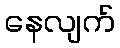
နေလျက်